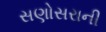
સણોસરાની